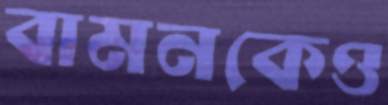
বামনকেও